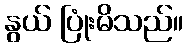
နွယ် ပြုံးမိသည်။